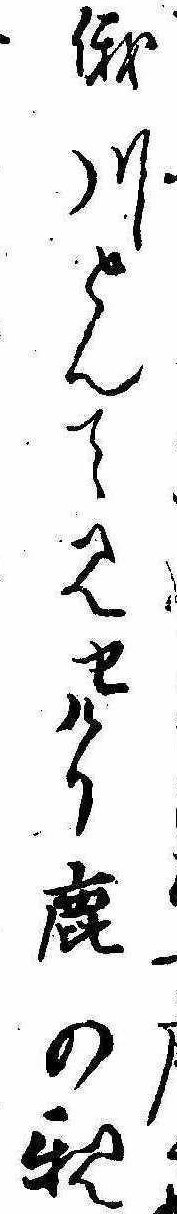
俄川とんて見せけり鹿の親